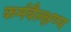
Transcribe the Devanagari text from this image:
कर्मवैल्क्षण्य